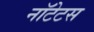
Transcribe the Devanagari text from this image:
नॉटेटस